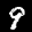
Label: 9